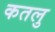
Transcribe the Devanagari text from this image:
कतलु